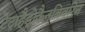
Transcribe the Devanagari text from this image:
टेट्राहैड्रोकैनबिवरिन